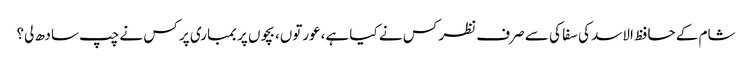
شام کے حافظ الاسد کی سفا کی سے صرف نظر کس نے کیا ہے،عورتوں، بچوں پر بمباری پر کس نے چپ سادھ لی؟